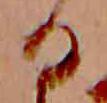
る